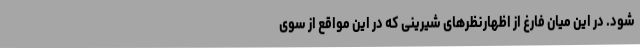
شود. در این میان فارغ از اظهارنظرهای شیرینی که در این مواقع از سوی